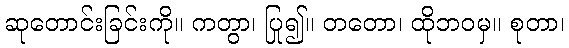
ဆုတောင်းခြင်းကို။ ကတွာ၊ ပြု၍။ တတော၊ ထိုဘဝမှ။ စုတာ၊